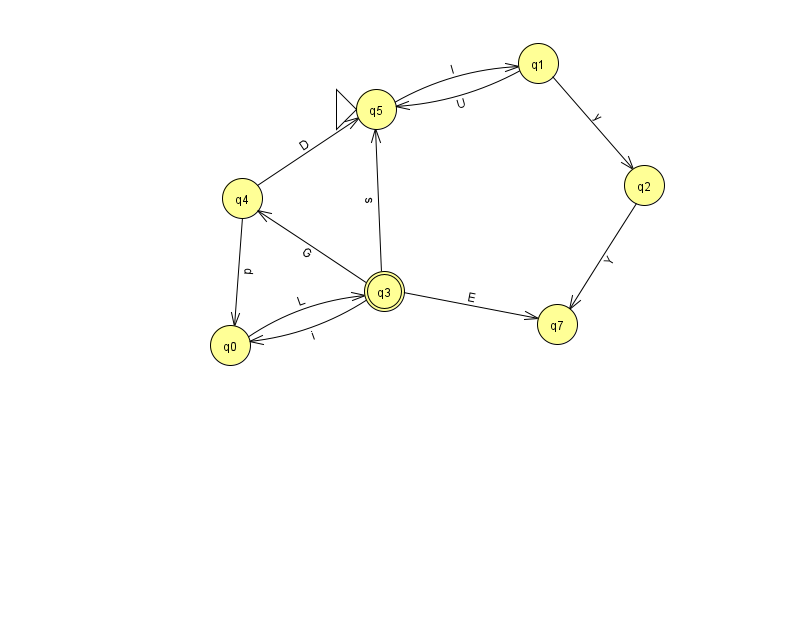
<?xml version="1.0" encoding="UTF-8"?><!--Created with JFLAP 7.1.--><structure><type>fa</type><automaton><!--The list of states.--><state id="0" name="q0"><x>230.0</x><y>332.0</y></state><state id="1" name="q1"><x>538.0</x><y>50.0</y></state><state id="2" name="q2"><x>644.0</x><y>172.0</y></state><state id="3" name="q3"><x>384.0</x><y>278.0</y><final/></state><state id="4" name="q4"><x>242.0</x><y>185.0</y></state><state id="5" name="q5"><x>376.0</x><y>96.0</y><initial/></state><state id="7" name="q7"><x>557.0</x><y>311.0</y></state><!--The list of transitions.--><transition><from>3</from><to>0</to><read>i</read></transition><transition><from>3</from><to>4</to><read>G</read></transition><transition><from>5</from><to>1</to><read>l</read></transition><transition><from>2</from><to>7</to><read>Y</read></transition><transition><from>0</from><to>3</to><read>L</read></transition><transition><from>4</from><to>5</to><read>D</read></transition><transition><from>1</from><to>2</to><read>y</read></transition><transition><from>3</from><to>7</to><read>E</read></transition><transition><from>3</from><to>5</to><read>s</read></transition><transition><from>1</from><to>5</to><read>U</read></transition><transition><from>4</from><to>0</to><read>p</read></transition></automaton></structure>